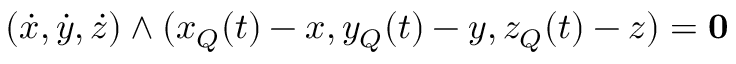
( { \dot { x } } , { \dot { y } } , { \dot { z } } ) \wedge ( x _ { Q } ( t ) - x , y _ { Q } ( t ) - y , z _ { Q } ( t ) - z ) = { \bf 0 }